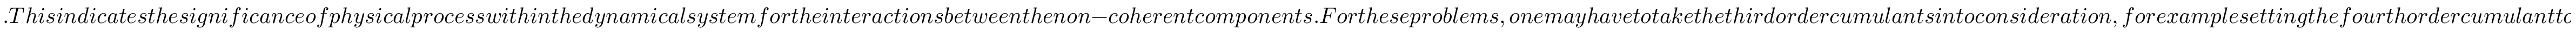
. T h i s i n d i c a t e s t h e s i g n i f i c a n c e o f p h y s i c a l p r o c e s s w i t h i n t h e d y n a m i c a l s y s t e m f o r t h e i n t e r a c t i o n s b e t w e e n t h e n o n - c o h e r e n t c o m p o n e n t s . F o r t h e s e p r o b l e m s , o n e m a y h a v e t o t a k e t h e t h i r d o r d e r c u m u l a n t s i n t o c o n s i d e r a t i o n , f o r e x a m p l e s e t t i n g t h e f o u r t h o r d e r c u m u l a n t t o z e r o